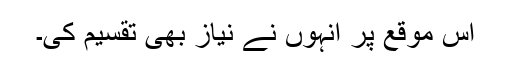
اس موقع پر انہوں نے نیاز بھی تقسیم کی۔